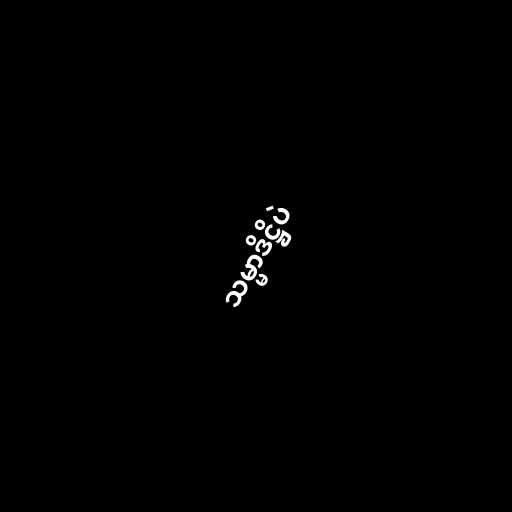
သမ္မာဒိဋ္ဌိပဲ